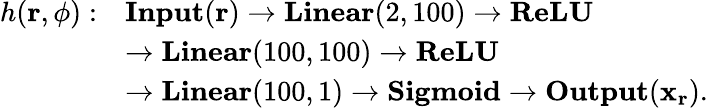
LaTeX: \begin{array}{rl}{h(\mathbf{r},\phi):}&{\textbf{Input}(\mathbf{r})\to\textbf{Linear}(2,100)\to\textbf{ReLU}}\\ &{\to\textbf{Linear}(100,100)\to\textbf{ReLU}}\\ &{\to\textbf{Linear}(100,1)\to\textbf{Sigmoid}\to\textbf{Output}(\mathbf{x}_{\mathbf{r}}).}\end{array}